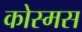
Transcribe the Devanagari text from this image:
कोस्मस